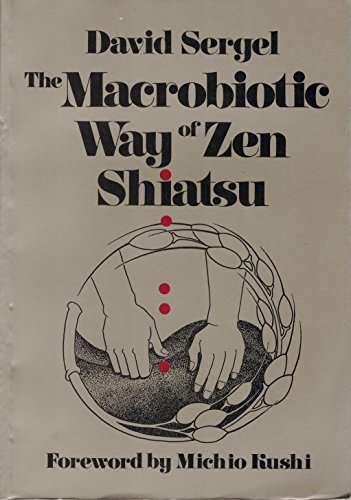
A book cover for The MacRobiotic Way of Zen Shiatsu; David Sergel; Health, Fitness & Dieting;